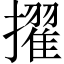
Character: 擢